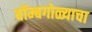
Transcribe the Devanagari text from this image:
बॉम्बगोळ्याचा